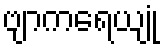
ဗျာကရေယျုံ